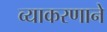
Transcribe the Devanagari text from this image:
व्याकरणाने